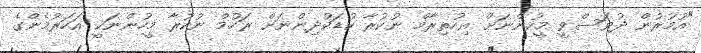
"އުމުރުން ދުވަސްވީ މީހުންނަށް އިހުތިރާމް ނުކުރާ ކުޑަކުދިންނަށް ރަހުމް ނުކުރާ މީހުންނަކީ އަހަރުމެންގެ